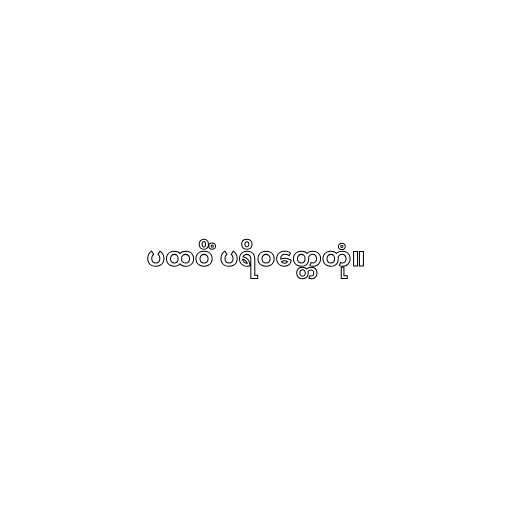
ပထဝိံ ပရိဝတ္တေတုံ။